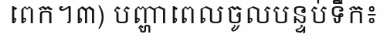
ពេក។៣) បញ្ហាពេលចូលបន្ទប់ទឹក៖